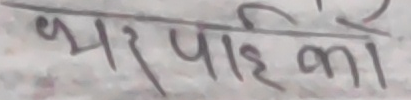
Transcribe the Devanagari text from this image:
भरपाईको